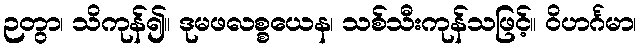
ဉတွာ၊ သိကုန်၍။ ဒုမဖလစ္စယေန၊ သစ်သီးကုန်သဖြင့်။ ဝိဟင်္ဂမာ၊